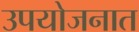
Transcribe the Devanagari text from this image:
उपयोजनात